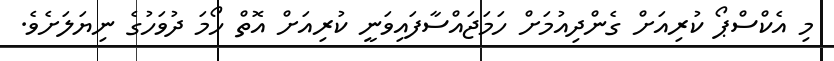
މި އެކްސްޕޯ ކުރިއަށް ގެންދިއުމަށް ހަމަޖައްސާފައިވަނީ ކުރިއަށް އޮތް ހޯމަ ދުވަހުގެ ނިޔަލަށެެވެ.